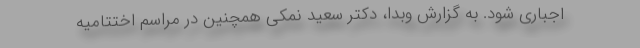
اجباری شود. به گزارش وبدا، دکتر سعید نمکی همچنین در مراسم اختتامیه